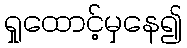
ရှုထောင့်မှနေ၍